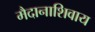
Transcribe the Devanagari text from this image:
मैदानाशिवाय